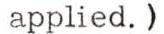
applied.)